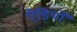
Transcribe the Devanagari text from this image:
ऐडियों